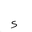
Letter: _hamza